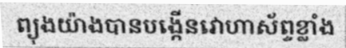
ព្យុងយ៉ាងបានបង្កើនវោហាស័ព្ទខ្លាំង